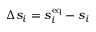
\Delta s _ { i } = s _ { i } ^ { \mathrm { e q } } - s _ { i }